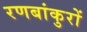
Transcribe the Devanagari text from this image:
रणबांकुरों